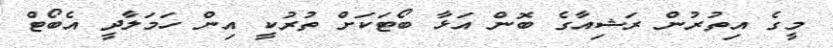
މީގެ އިތުރުން ރަޝިއާގެ ބޮން އަޅާ ބޯޓަކަށް ތުރުކީ އިން ހަމަލާދީ އެބޯޓް